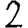
Digit: 2